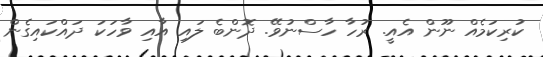
ކުރިކަމެއް ނޫން އެއީ. ރުހާ ހާސްނުވޭ. ދޮންބެ ލައި އާއި ވާހަކަ ދައްކައިގެން